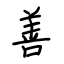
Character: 善